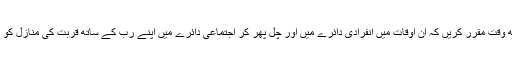
روزانہ کچھ وقت مقرر کریں کہ ان اوقات میں انفرادی دائرے میں اور چل پھر کر اجتماعی دائرے میں اپنے رب کے ساتھ قربت کی منازل کو طے کریں۔